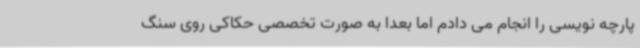
پارچه نویسی را انجام می دادم اما بعدا به صورت تخصصی حکاکی روی سنگ